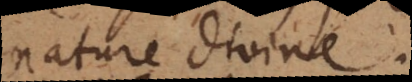
nature divine?